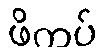
ဖိကပ်